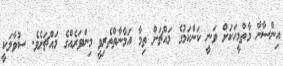
އިންސާނާ މާތްމީހަކަށް ވަނީ ކަންކަމުގެ މައްޗަށް ތިމާ އަމާނާތްތެރިވީ މިންވަރެއްގެ މައްޗަށެވެ. ސުވާލަކީ